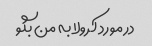
در مورد کرولا به من بگو